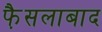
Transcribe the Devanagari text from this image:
फै़सलाबाद